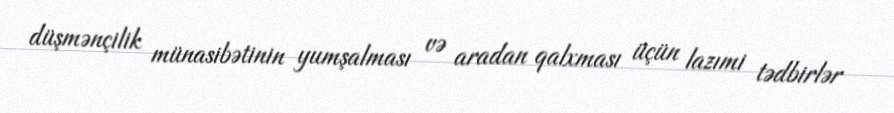
düşmənçilik münasibətinin yumşalması və aradan qalxması üçün lazımi tədbirlər